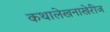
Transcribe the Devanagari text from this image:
कथालेखनाखेरीज